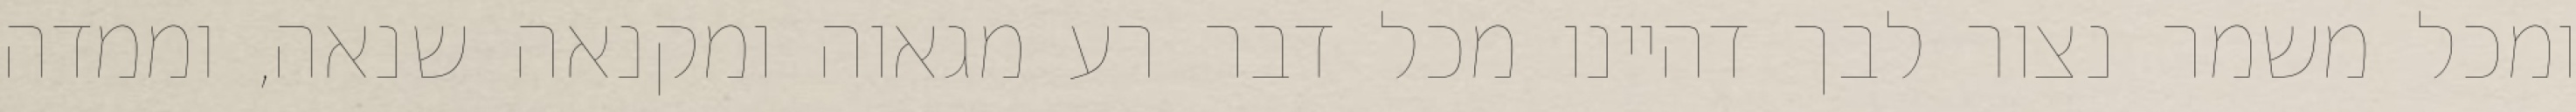
ומכל משמר נצור לבך דהיינו מכל דבר רע מגאוה ומקנאה שנאה, וממדה